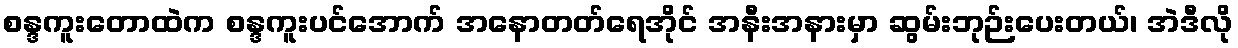
စန္ဒကူးတောထဲက စန္ဒကူးပင်အောက် အနောတတ်ရေအိုင် အနီးအနားမှာ ဆွမ်းဘုဉ်းပေးတယ်၊ အဲဒီလို